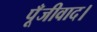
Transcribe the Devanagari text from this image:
पूँजीवाद।